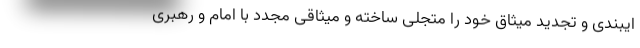
ایبندی و تجدید میثاق خود را متجلی ساخته و میثاقی مجدد با امام و رهبری